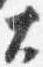
大